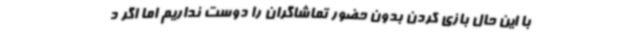
با این حال بازی کردن بدون حضور تماشاگران را دوست نداریم اما اگر د